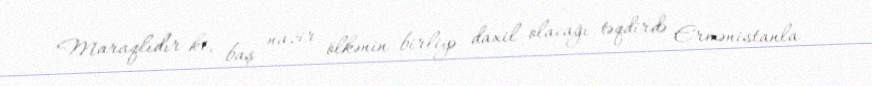
Maraqlıdır ki, baş nazir ölkənin birliyə daxil olacağı təqdirdə Ermənistanla